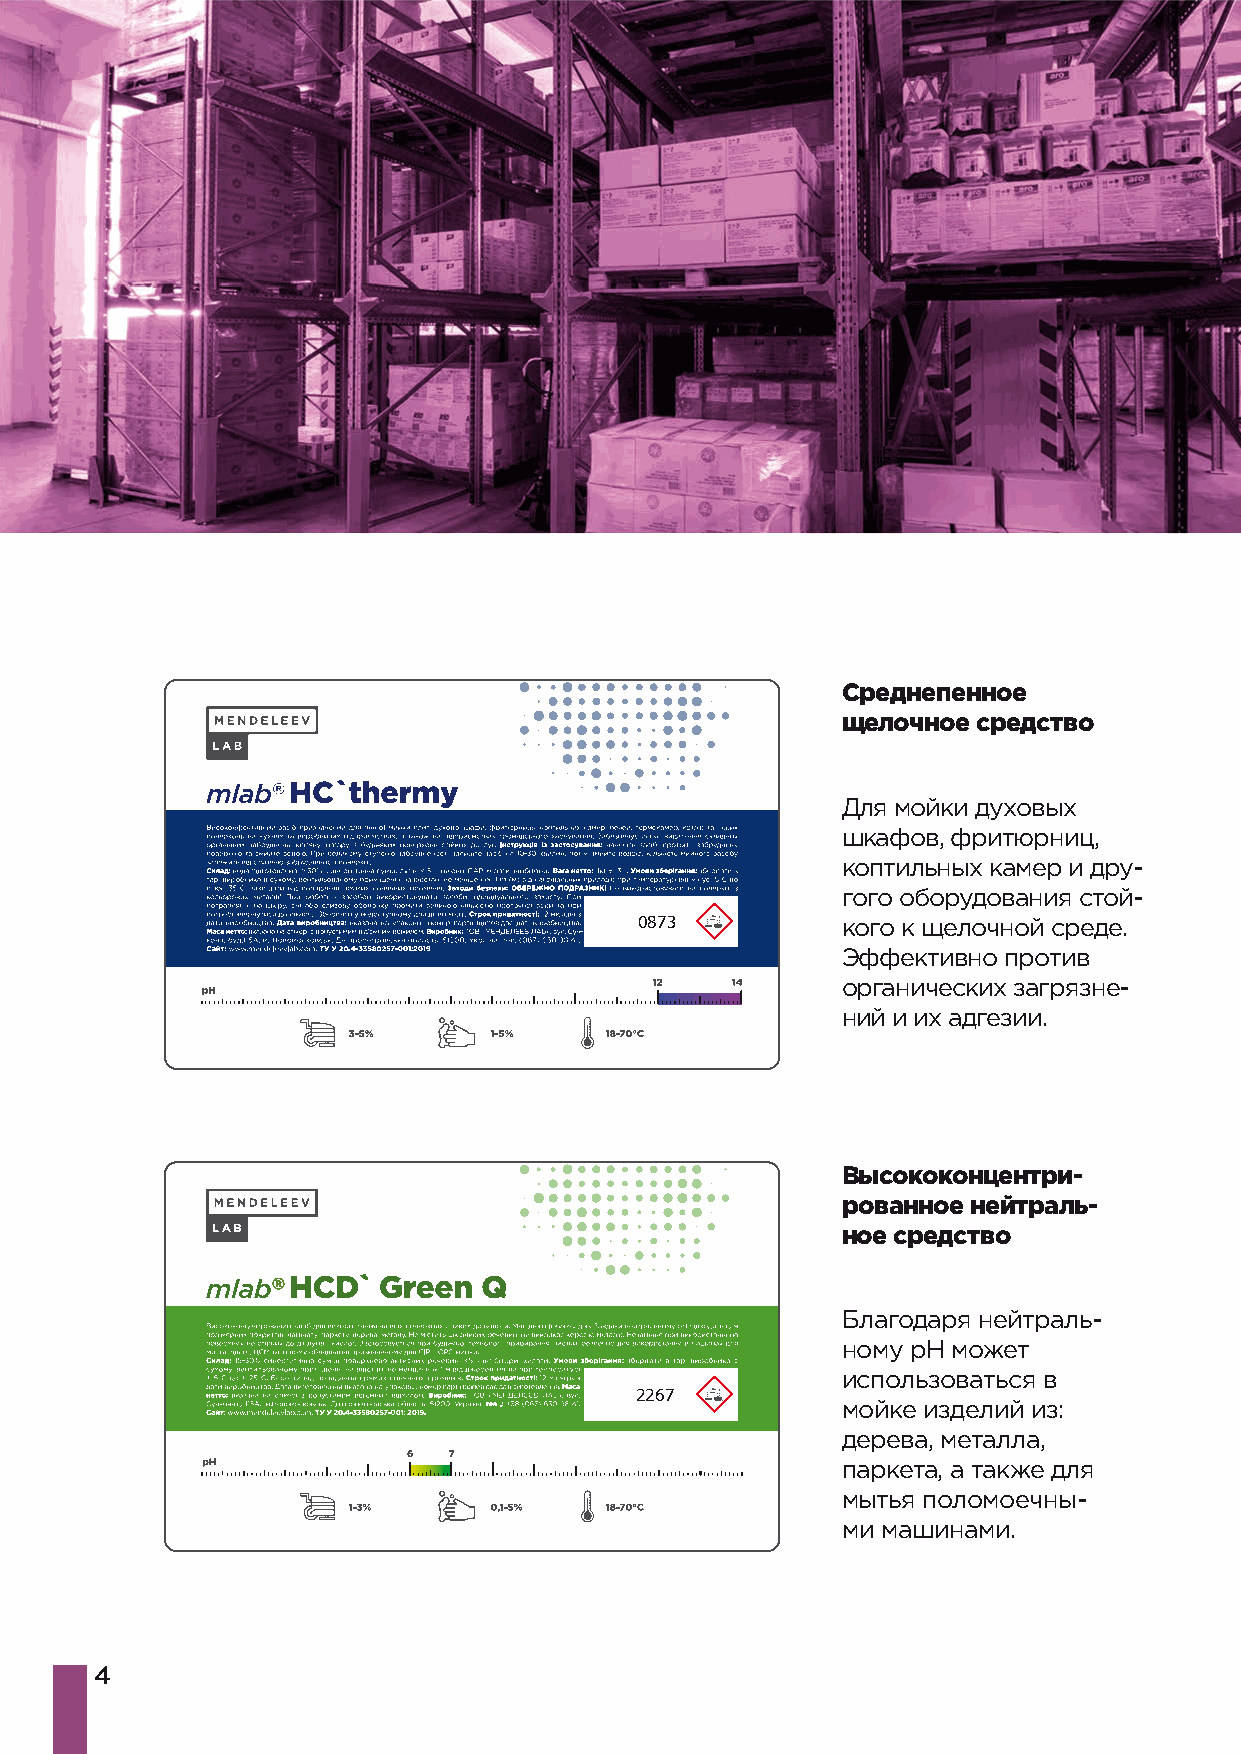
Среднепенное
 щелочное средство
 Для мойки духовых
 шкафов, фритюрниц,
 коптильных камер и дру-
 гого оборудования стой-
 0873          кого к щелочной среде.
 Эффективно против
 органических загрязне-
 ний и их адгезии.
 Высококонцентри-
 рованное нейтраль-
 ное средство
 Благодаря нейтраль-
 ному pH может
 использоваться в
 2267
 мойке изделий из:
 дерева, металла,
 паркета, а также для
 мытья поломоечны-
 ми машинами.
 4